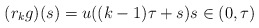
\begin{align*} (r_{k} g)(s) = u((k - 1) \tau + s) s \in (0, \tau) \end{align*}